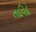
તદવિદો